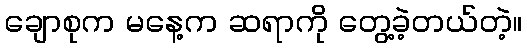
ချောစုက မနေ့က ဆရာကို တွေ့ခဲ့တယ်တဲ့။